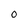
Character: 0